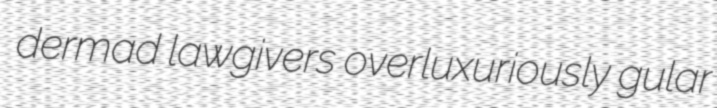
dermad lawgivers overluxuriously gular